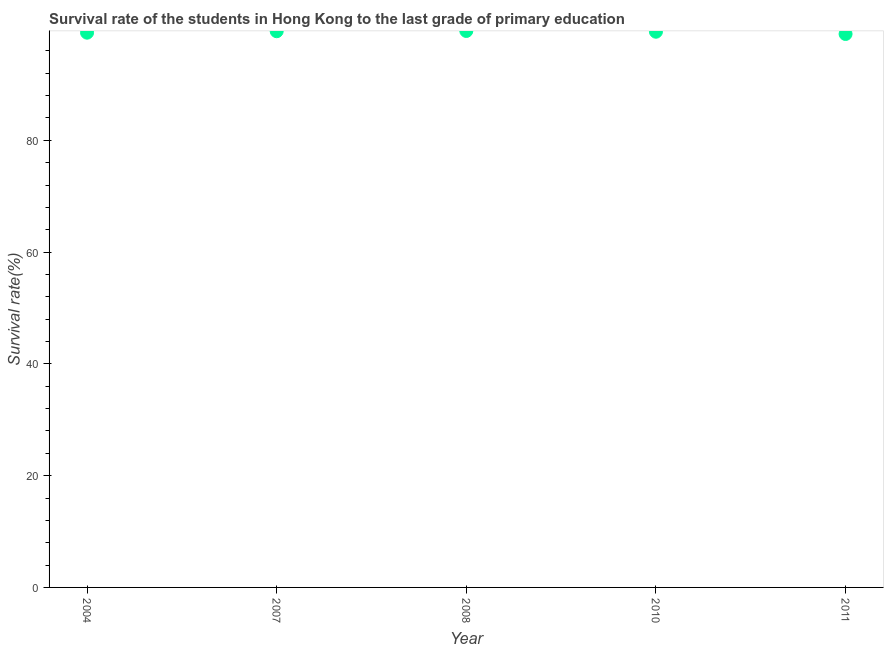
| Year | Primary Education |
 | --- | --- |
 | 2004 | 99.3 |
 | 2007 | 99.5 |
 | 2008 | 99.6 |
 | 2010 | 99.4 |
 | 2011 | 99 |